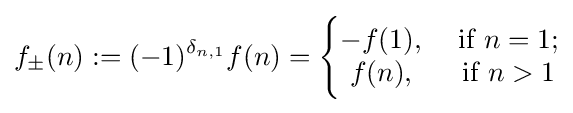
f_{\pm }(n):=(-1)^{\delta _{n,1}}f(n)={\Biggl \{}{\begin{matrix}-f(1),&{\text{ if }}n=1;\\f(n),&{\text{ if }}n>1\end{matrix}}